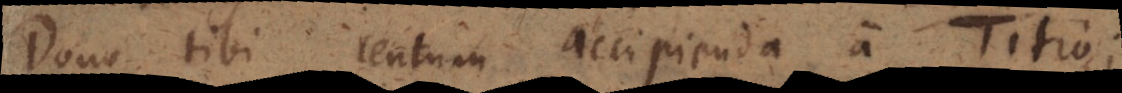
Dono tibi centum accipienda a Titio;